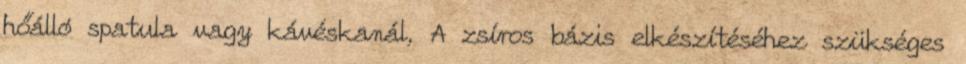
hőálló spatula vagy kávéskanál, A zsíros bázis elkészítéséhez szükséges